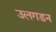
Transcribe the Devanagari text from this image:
उलगडन